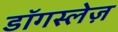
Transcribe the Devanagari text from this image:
डॉगस्लेज़